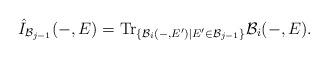
LaTeX: \begin{align*} \hat{I}_{\mathcal{B}_{j-1}}(-,E)=\mathrm{Tr}_{\{\mathcal{B}_i(-,E')|E'\in\mathcal{B}_{j-1}\}}\mathcal{B}_i(-,E). \end{align*}